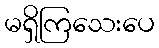
မရှိကြသေးပေ